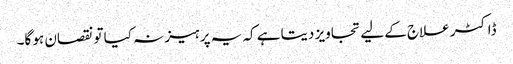
ڈاکٹر علاج کے لیے تجاویز دیتا ہے کہ یہ پرہیز نہ کیا تو نقصان ہو گا۔